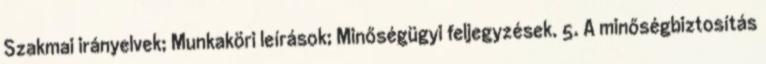
Szakmai irányelvek; Munkaköri leírások; Minőségügyi feljegyzések. 5. A minőségbiztosítás